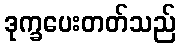
ဒုက္ခပေးတတ်သည်